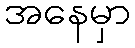
အနေမှာ